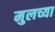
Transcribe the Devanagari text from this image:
मुलच्या